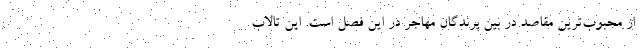
از محبوب‌ترین مقاصد در بین پرندگان مهاجر در این فصل است. این تالاب